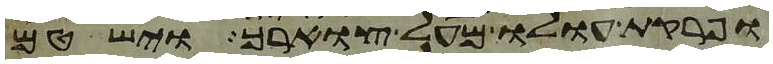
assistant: ופרקת עולו מעל צוארך וישטם